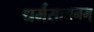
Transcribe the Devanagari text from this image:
धर्मसाधनम्